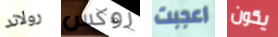
رولاند روكس اعجبت يكون